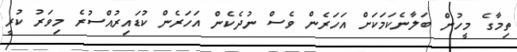
ތިމާގެ މީހުން ބަލާނެކަމަކަށް އަހަރެން ވެސް ނުދެކެން އަހަރެން ކުޑައިރުއްސުރެ މިވަރު ކުރީ